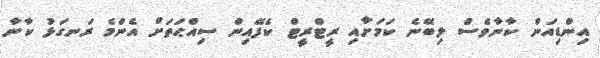
އިންޑިއަން ކާނާވެސް ލިބޭނެ ކަމަށާއި ރީޓްރީޓް ކެފޭއިން ސިއްޙަތަށް އެންމެ ރަނގަޅު ކާނާ